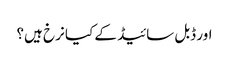
اور ڈبل سائیڈ کے کیا نرخ ہیں؟